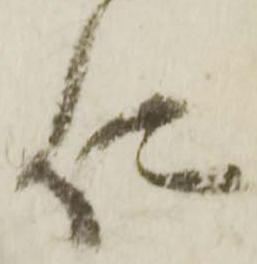
仁